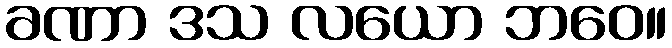
ခဏာ ဒသ လယော ဘဝေ။